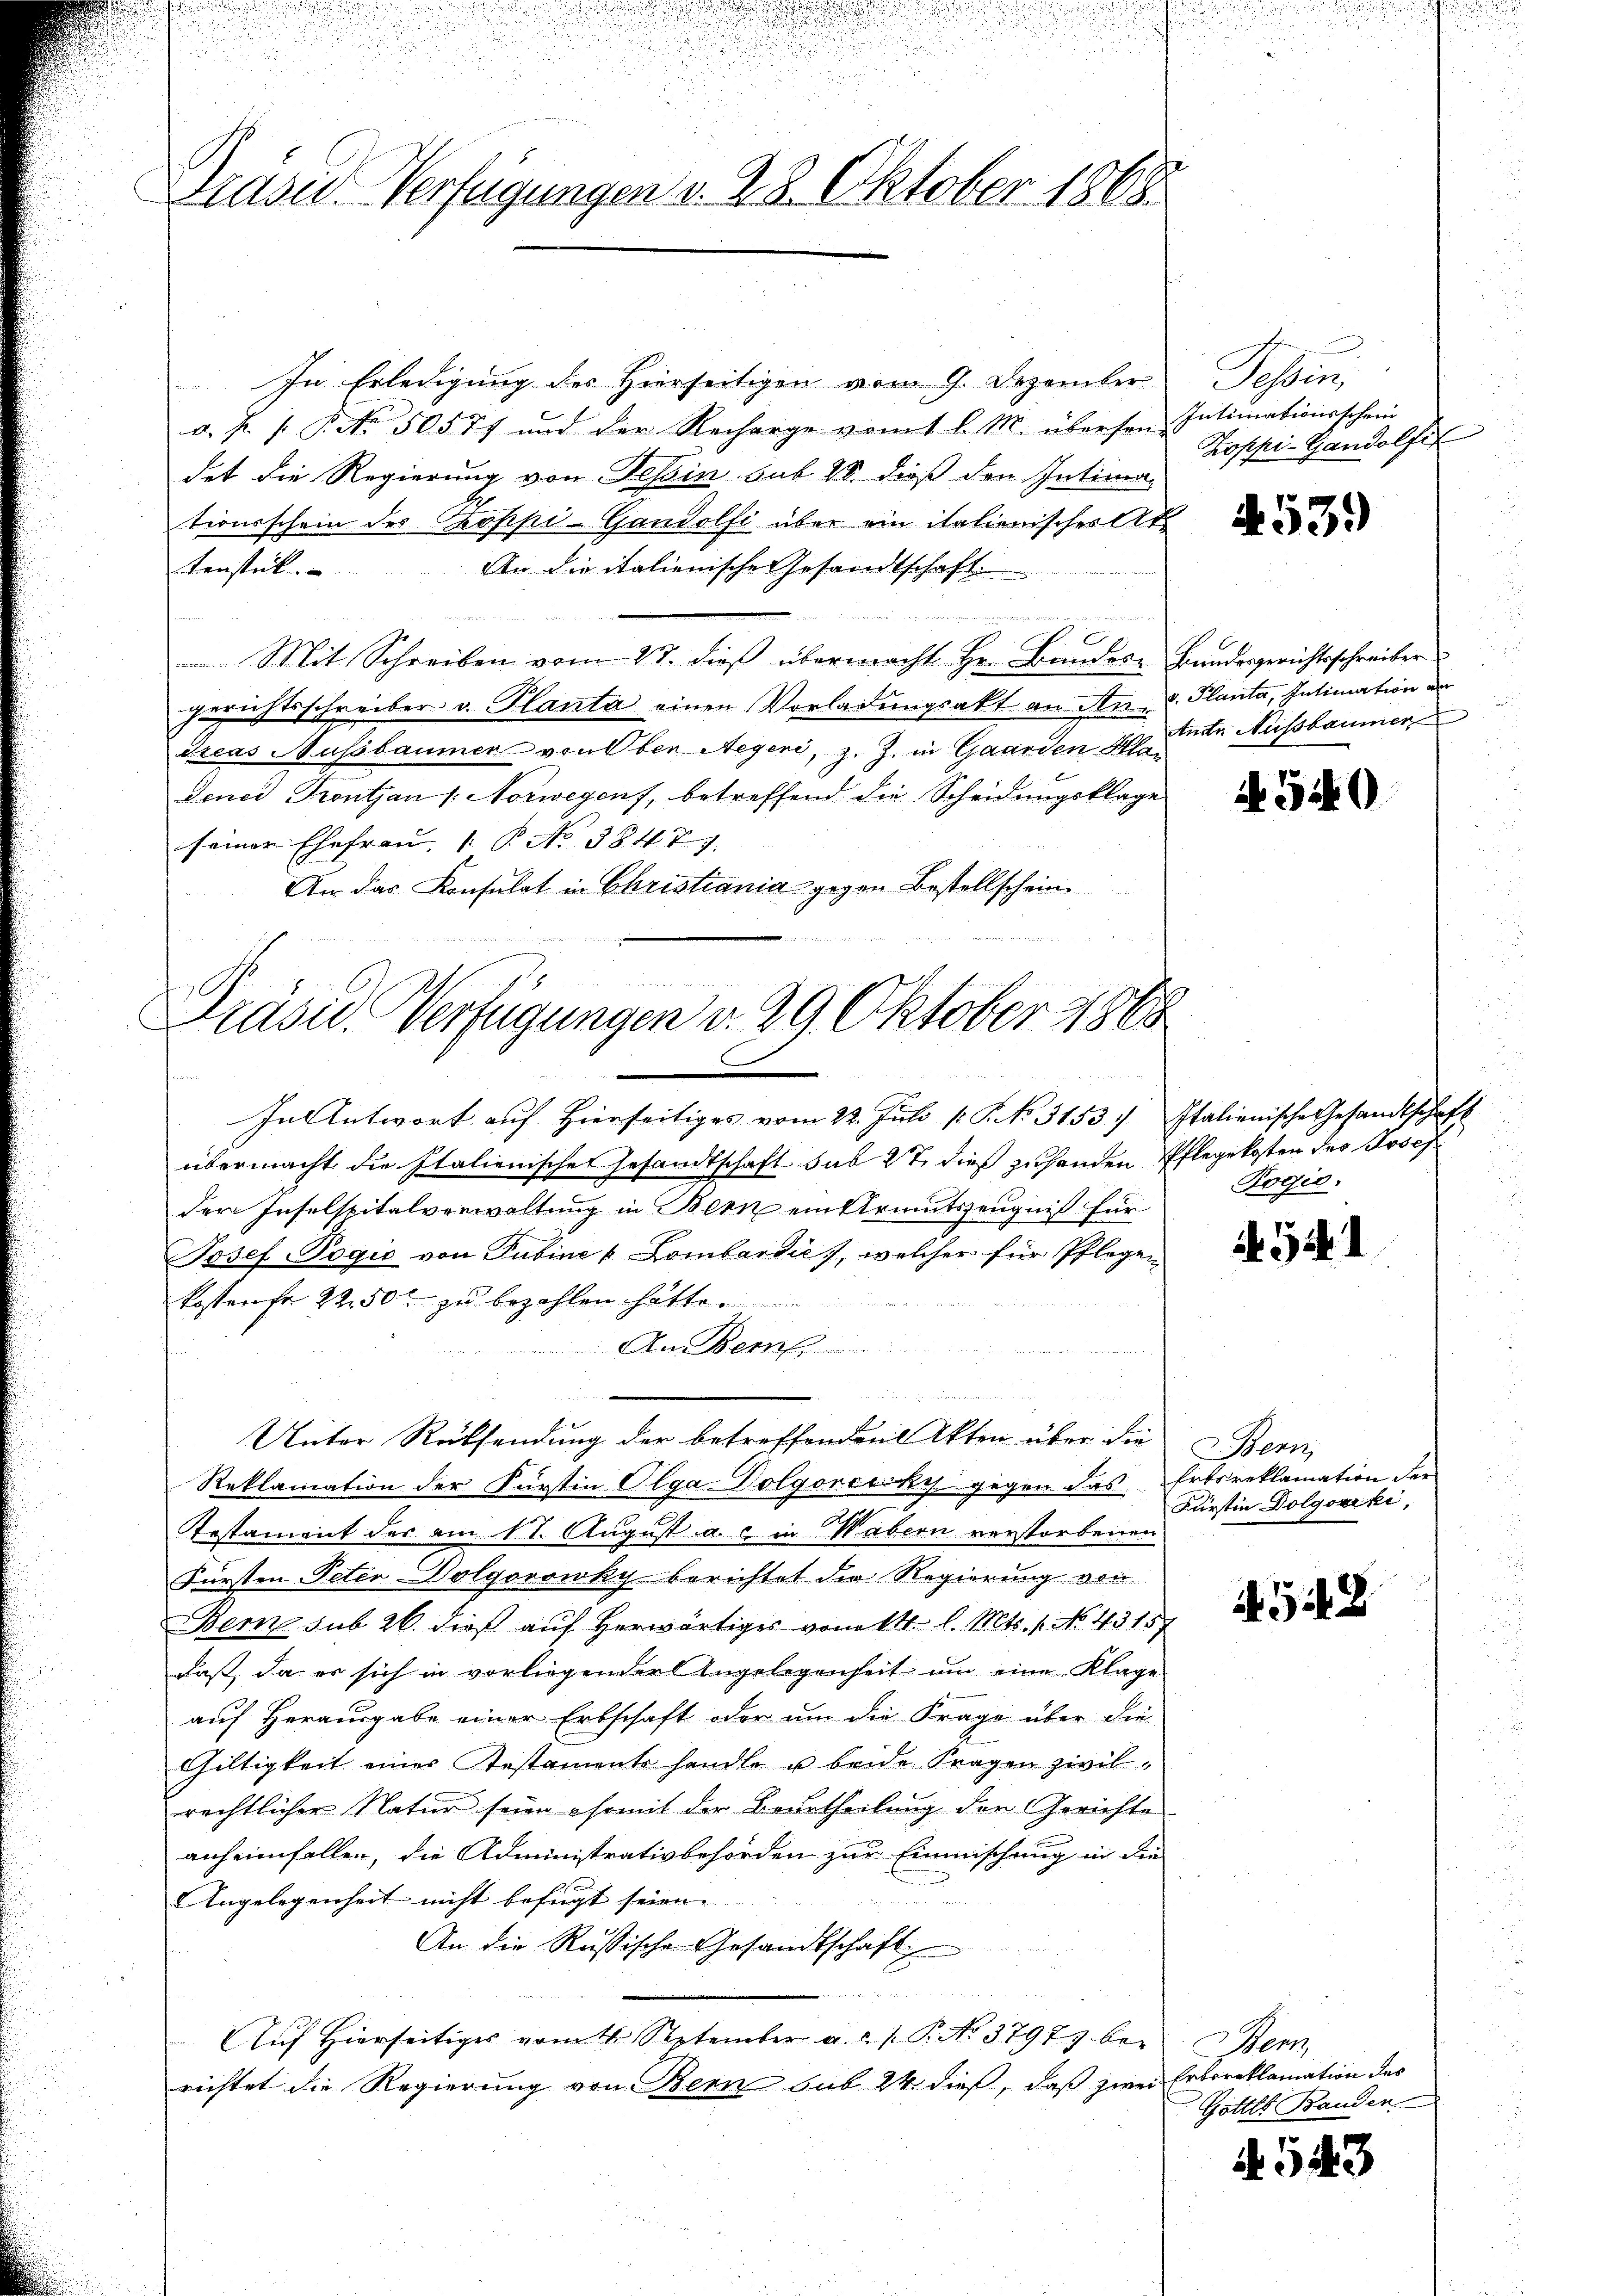
In Erledigung des Hierseitigen vom 9. Dezember
a. f. 1. No. 505 77 und der Recharge vom 1 l. M. übersen Intimationsschein
det die Regierung von Tessin sub 28. dieß den Intima-
tionsschein des oppi-Gandolfi über ein italienischer Ak
An die italienische esandtschaft.
tenstück.

u
Mit Schreiben vom 27. dieß übermacht Hr. Bandere Bundesgerichtsschreiber
Gerichtsschreiber v. Planta einen Vorladungsakt an An- u. Planta, Intimation de
itcas Nussbaumer von Oben Aegeri, z. Z. in Garden Ha
Lenei Frontjan 1. Norwegens, betreffend die Scheidungsklage
seiner Ehefrau P. No 3847)
An das Konsulat in Christiania gegen Bestellschein

d

Präsid. Verfügungen v. 28. Oktober 1868.

Präsid. Verfügungen v. 29. Oktober 1888
e
x

übermacht die Italienisches Gesandtschaft sub 27 dieß zuhanden Pflegekosten des Josef
der Inselspitalverwaltung in Bern einstruitszeugniß für
Josef Pogio von Tubine & Lombardies, welcher für Pflegen
kostens 22.50 zu bezahlen hätte.

An Bem
Unter Rücksendung der betreffenden Akten über die
Reklamation der Fürstin Olga Dolgorczky gegen das Ertsreklamation der
Testament der am 11. August a. c. in Wabern verstorbenen
Fürsten Peter Volgorowky berichtet die Regierung von
Bern sub 26. dieß auf herwärtiges vom 14. l. Mts. f. No. 45157
daß, da es sich in vorliegender Angelegenheit um eine Klage
auf Herausgabe einer Erbschaft oder um die Frage über die
Gültigkeit eines Testaments handle u beide Fragen zivilrechtlicher Natur seien ihr mit der Beurtheilung der Gerichte
anheimfallen, die Administrativbehörden zur Einmischung in die
Angelegenheit nicht befugt seien. |
An die Russische Gesandtschaft
Auf Hierseitiges vom 16. September a.c. s. P. No 37973 bei
richtet die Regierung von Bern sub 24 dieß, daß zwei Erbereklamation des

In Antwort auf hierseitiges vom 22. Juli [ P. No. 3153. Italienische Gesandtschaft

Tessin
Koppi-Gandolfi

453.

Andr. Aussbaumer

A Gi

Rogić.

541

Bern,
Fürstin Dolgoviki,

4548

Hen
Gottes Banden

A. 543